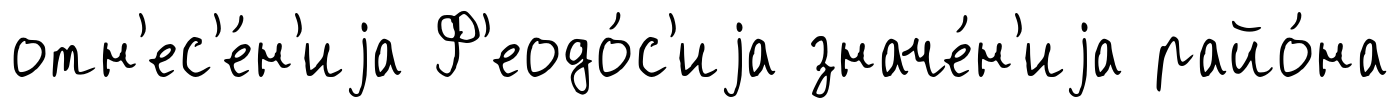
отн'ес'е́н'иjа Ф'еодо́с'иjа значе́н'иjа райо́на